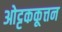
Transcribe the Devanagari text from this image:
ओट्टककूत्तन